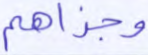
وجزاهم